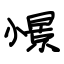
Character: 憬